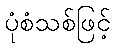
ပုံစံသစ်ဖြင့်